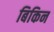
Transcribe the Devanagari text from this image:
बिकिन